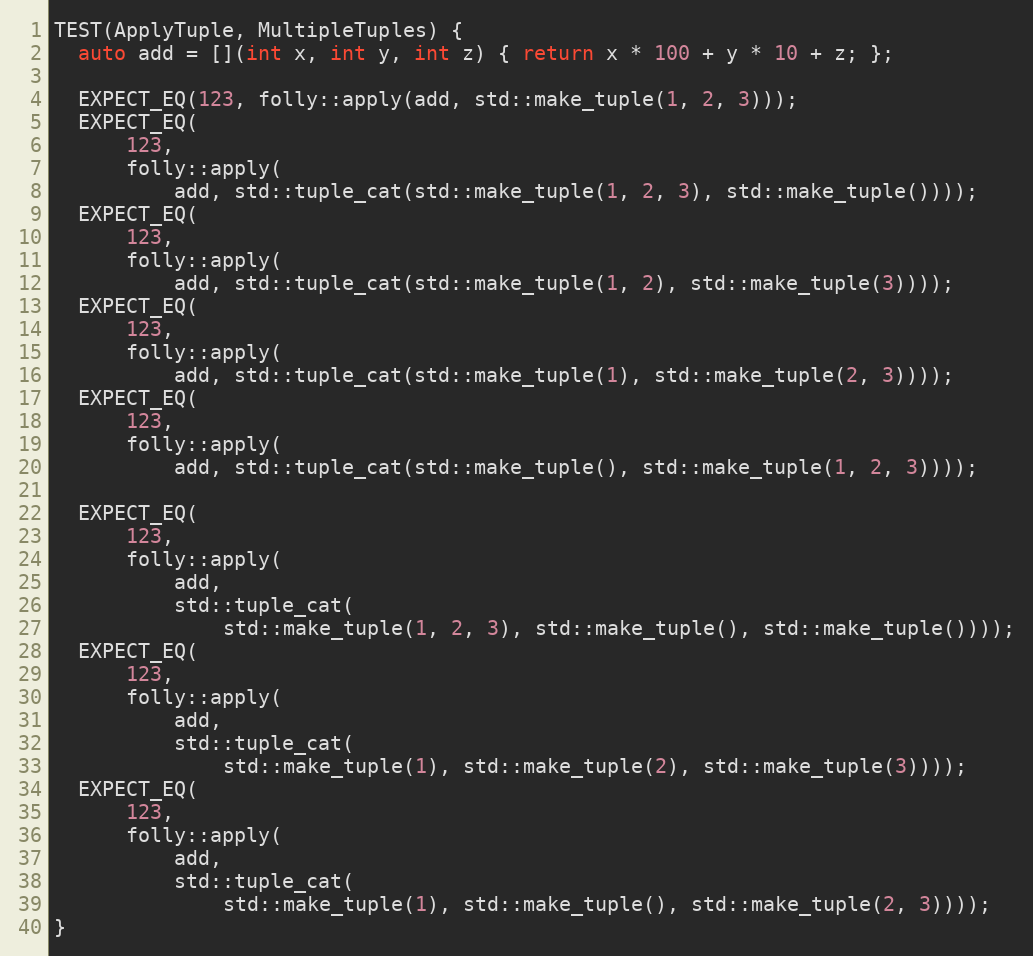
Language: C++
TEST(ApplyTuple, MultipleTuples) {
  auto add = [](int x, int y, int z) { return x * 100 + y * 10 + z; };

  EXPECT_EQ(123, folly::apply(add, std::make_tuple(1, 2, 3)));
  EXPECT_EQ(
      123,
      folly::apply(
          add, std::tuple_cat(std::make_tuple(1, 2, 3), std::make_tuple())));
  EXPECT_EQ(
      123,
      folly::apply(
          add, std::tuple_cat(std::make_tuple(1, 2), std::make_tuple(3))));
  EXPECT_EQ(
      123,
      folly::apply(
          add, std::tuple_cat(std::make_tuple(1), std::make_tuple(2, 3))));
  EXPECT_EQ(
      123,
      folly::apply(
          add, std::tuple_cat(std::make_tuple(), std::make_tuple(1, 2, 3))));

  EXPECT_EQ(
      123,
      folly::apply(
          add,
          std::tuple_cat(
              std::make_tuple(1, 2, 3), std::make_tuple(), std::make_tuple())));
  EXPECT_EQ(
      123,
      folly::apply(
          add,
          std::tuple_cat(
              std::make_tuple(1), std::make_tuple(2), std::make_tuple(3))));
  EXPECT_EQ(
      123,
      folly::apply(
          add,
          std::tuple_cat(
              std::make_tuple(1), std::make_tuple(), std::make_tuple(2, 3))));
}